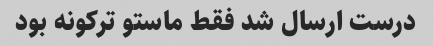
درست ارسال شد فقط ماستو ترکونه بود